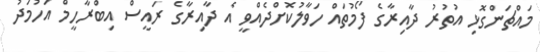
މައްޗަންގޮޅި އުތުރު ދާއިރާގެ ފޯމުތައް ހަވާލުކޮށްދެއްވީ އެ ދާއިރާގެ ރައީސް އިބްރާހީމް އަހުމަދު